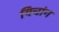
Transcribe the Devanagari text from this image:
यिचांग